Insane asylums in Bengal annual reports 1867-1875 - 1867-1875
Year: 1867
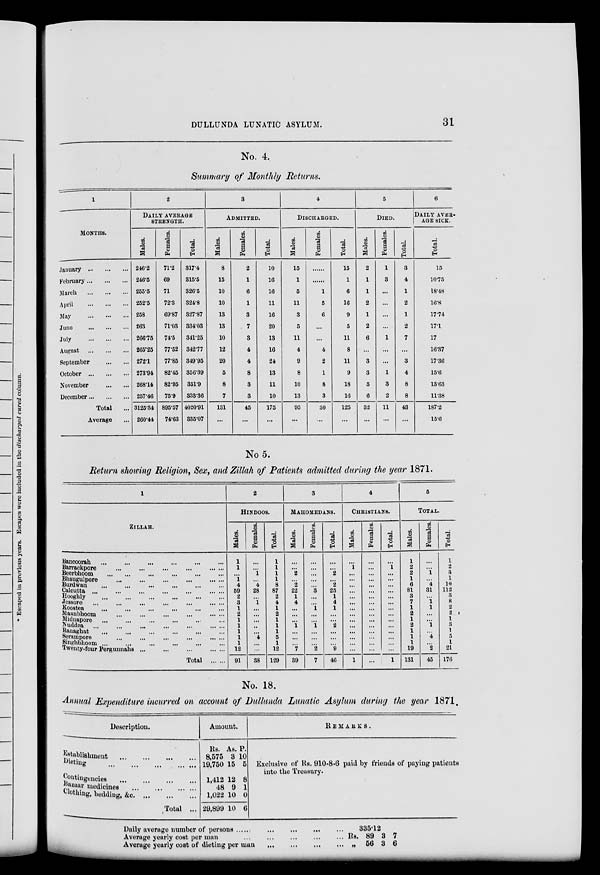
DULLUNDA LUNATIC ASYLUM.
31
No. 4.
Summary of Monthly Returns.
1
MONTHS.
January ... ... ...
February ... ... ...
March
...
...
...
April
...
...
...
May
...
...
...
June
...
...
...
July ... ......
August
...
...
...
September
...
...
October ... ... ...
November ... ...
December ... ... ...
Total ...
Average ...
2
DAILY AVERAGE
STRENGTH.
Males.
246.2
246.5
255.5
252.5
258
263
266.75
265.25
272.1
273.94
268.14
257.46
3125.34
260.44
Females.
71.2
69
71
72.3
69.87
71.03
74.5
77.52
77.85
82.45
82.95
75.9
895.57
74.63
Total.
317.4
315.5
326.5
324.8
327.87
334.03
341.25
342.77
349.95
356.39
351.9
333.36
4020.91
335.07
3
ADMITTED.
Males.
8
15
10
10
13
13
10
12
20
5
8
7
131
...
Females.
2
1
6
1
3
7
3
4
4
8
3
3
45
...
Total.
10
16
16
11
16
20
13
16
24
13
11
10
175
...
4
DISCHARGED.
Males.
15
1
5
11
3
5
11
4
9
8
10
13
95
...
Females.
......
......
1
5
6
...
...
4
2
1
8
3
30
...
Total.
15
1
6
16
9
5
11
8
11
9
18
16
125
...
5
DIED.
Males.
2
1
1
2
1
2
6
...
3
3
5
6
32
...
Females.
1
3
...
...
...
...
1
...
...
1
3
2
11
...
Total.
3
4
1
2
1
2
7
...
3
4
8
8
43
...
6
DAILY AVER-
AGE SICK.
Total.
15
10.75
18.48
16.8
17.74
17.1
17
16.37
17.36
15.6
13.63
11.38
187.2
15.6
No 5.
Return showing Religion, Sex, and Zillah of Patients admitted during the year 1871.
1
ZILLAH.
Bancoorah ... ... ... ... ... ...
Barrackpore
...
...
...
... ... ...
Beerbhoom ... ... ... ... ... ...
Bhaugulpore
...
...
...
... ... ...
Burdwan ... ... ... ... ... ...
Calcutta ...
...
...
...
... ... ...
Hooghly
...
...
...
...
...
...
Jessore ... ... ... ... ... ... ...
Koostea ... ... ... ... ... ...
Maunbhoom
...
...
...
... ... ...
Midnapore ... ... ... ... ... ...
Nuddea ... ... ... ... ... ... ...
Ranaghat ... ... ... ... ... ...
Serampore
...
... ... ... ... ...
Singhbhoom ... ... ... ... ... ...
Twenty-four Pergunnahs
...
...
...
...
...
Total ... ...
2
HINDOOS.
Males.
1
1
... 1
4
59
2
3
1
2
1
1
1
1
1
12
91
Females.
...
...
1
...
4
28
...
1
...
...
...
...
...
4
...
...
38
Total.
1
1
1
1
8
87
2
4
1
2
1
1
1
5
1
12
129
3
MAHOMEDANS.
Males.
...
...
2
...
2
22
1
4
...
...
...
1
...
...
...
7
39
Females.
...
...
...
...
...
3
...
...
1
...
...
1
...
...
...
2
7
Total.
...
...
2
...
2
25
1
4
1
...
...
2
...
...
...
9
46
4
CHRISTIANS.
Males.
...
1
... ...
...
...
...
...
...
...
...
...
...
...
...
...
1
Females.
...
...
... ...
...
...
...
...
...
...
...
...
...
...
...
...
...
Total.
...
1
... ...
...
...
...
...
...
...
...
...
...
...
...
...
1
5
TOTAL.
Males.
1
2
2
1
6
81
3
7
1
2
1
2
1
1
1
19
131
Females.
...
...
1
...
4
31
...
1
1
...
...
1
...
4
...
2
45
Total.
1
2
3
1
10
112
3
8
2
2
1
3
1
5
1
21
176
No. 18.
Annual Expenditure incurred on account of Dullunda Lunatic Asylum during the year 1871.
Description.
Establishment ... ... ... ...
Dieting
...
...
...
...
...
Contingencies ... ... ... ...
Bazaar medicines ... ... ... ...
Clothing, budding,
&c.
...
...
...
Total ...
Amount.
Rs.
8,575
19,750
1,412
48
1,022
20,899
As.
3
15
12
9
10
10
P.
10
5
8
1
0
6
REMARKS.
Exclusive of Rs. 910-8-6 paid by friends of paying patients
into the Treasury.
Daily average number of persons
...
...
...
...
Average yearly cost per man
...
...
...
...
... Rs.
Average yearly cost of dieting per man
... ... ... ... „
335.12
89
56
3
3
7
6